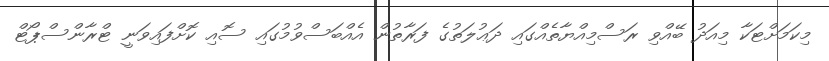
މިކަމަށްޓަކާ މިއަދު ބޭއްވި ރަސްމިއްޔާތެއްގައި ދަޢުލަތުގެ ފަރާތުން އެއްބަސްވުމުގައި ސޮއި ކޮށްފައިވަނީ ޓްރާންސްޕޯޓް